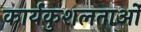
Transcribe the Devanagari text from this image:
कार्यकुशलताओं